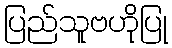
ပြည်သူဗဟိုပြု